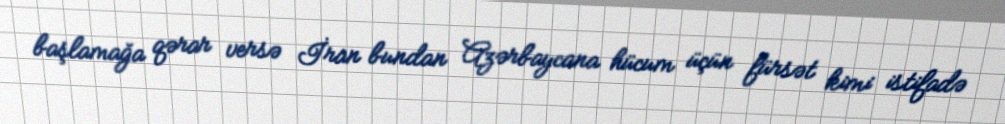
başlamağa qərar versə İran bundan Azərbaycana hücum üçün fürsət kimi istifadə